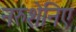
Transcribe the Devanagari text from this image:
नरुशेनिए